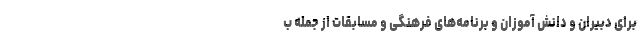
برای دبیران و دانش آموزان و برنامه‌های فرهنگی و مسابقات از جمله ب